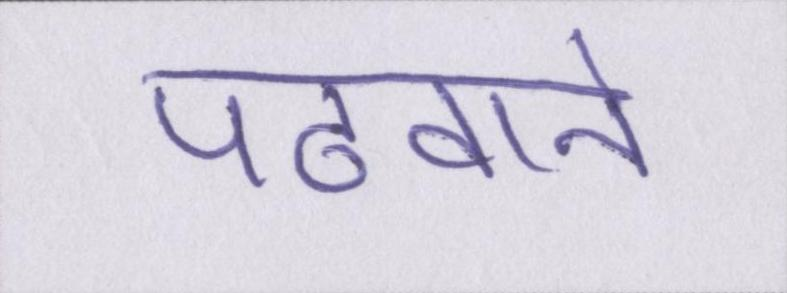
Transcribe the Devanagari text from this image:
पढवाने